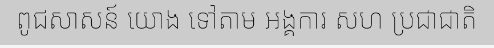
ពូជសាសន៍ យោង ទៅតាម អង្គការ សហ ប្រជាជាតិ